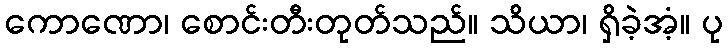
ကောဏော၊ စောင်းတီးတုတ်သည်။ သိယာ၊ ရှိခဲ့အံ့။ ပု